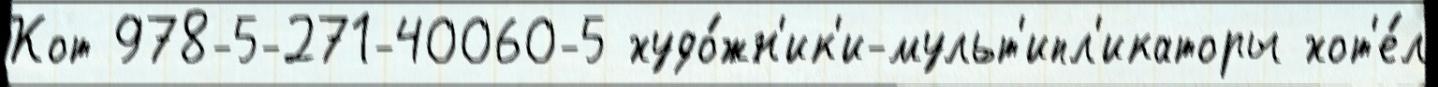
Кот 978-5-271-40060-5 худо́жн'ик'и-мульт'ипл'икаторы хот'е́л